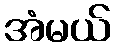
အံမယ်